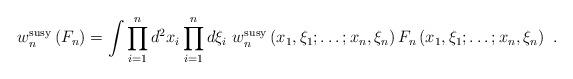
LaTeX: \begin{align*}w_n^{\rm susy}\left(F_n\right)=\int \prod_{i=1}^nd^2x_i \prod_{i=1}^n d\xi_i\,\, w_n^{\rm susy}\left(x_1,\xi_1;\ldots;x_n,\xi_n\right) F_n\left(x_1,\xi_1;\ldots;x_n,\xi_n\right)\,\,. \end{align*}